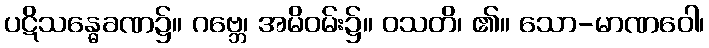
ပဋိသန္ဓေခဏ၌။ ဂဗ္ဘေ၊ အမိဝမ်း၌။ ဝသတိ၊ ၏။ သော-မာဏဝေါ၊